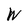
Character: W